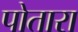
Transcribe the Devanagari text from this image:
पोतारा